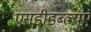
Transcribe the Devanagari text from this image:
एसडीडब्ल्यूए